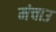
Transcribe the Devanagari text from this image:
मंचाउ